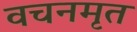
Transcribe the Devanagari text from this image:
वचनमृत